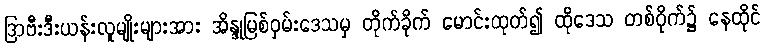
ဒြာဗီးဒီးယန်းလူမျိုးများအား အိန္ဒုမြစ်ဝှမ်းဒေသမှ တိုက်ခိုက် မောင်းထုတ်၍ ထိုဒေသ တစ်ဝိုက်၌ နေထိုင်